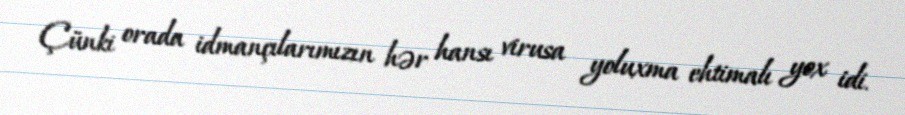
Çünki orada idmançılarımızın hər hansı virusa yoluxma ehtimalı yox idi.